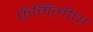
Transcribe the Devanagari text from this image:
फॅमिलीचा